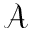
\mathcal { A }